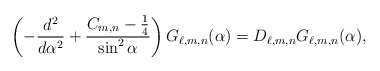
\begin{align*}\left( -\frac{d^{2}}{d\alpha ^{2}}+\frac{C_{m,n}-\frac{1}{4}}{\sin ^{2}\alpha }\right) G_{\ell,m,n} (\alpha )=D_{\ell,m,n} G_{\ell,m,n} (\alpha ), \end{align*}